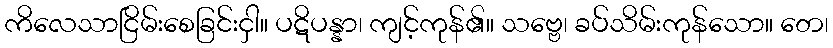
ကိလေသာငြိမ်းစေခြင်းငှါ။ ပဋိပန္နာ၊ ကျင့်ကုန်၏။ သဗ္ဗေ၊ ခပ်သိမ်းကုန်သော။ တေ၊